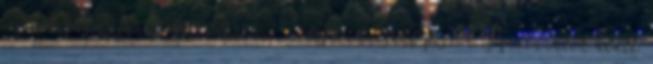
víz bekapcsolásának köszönhetően, a legmakacsabb piszok is pillanatok alatt